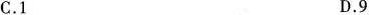
C.1 D.9